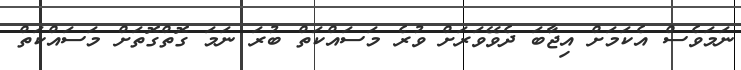
ނަމަވެސް އެކަމަށް އިޖާބަ ދެވޭވަރަށް ވުރެ މަސައްކަތް ބުރަ ނަމަ ގޮތްގޮތަށް މަސައްކަތް